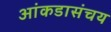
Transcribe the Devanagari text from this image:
आंकडासंचय